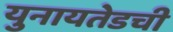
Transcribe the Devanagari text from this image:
युनायतेडची